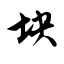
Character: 块